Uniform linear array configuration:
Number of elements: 12
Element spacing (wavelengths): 1
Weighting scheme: blackman
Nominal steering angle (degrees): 60
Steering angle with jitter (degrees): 59.615
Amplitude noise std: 0.05
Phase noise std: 0.05

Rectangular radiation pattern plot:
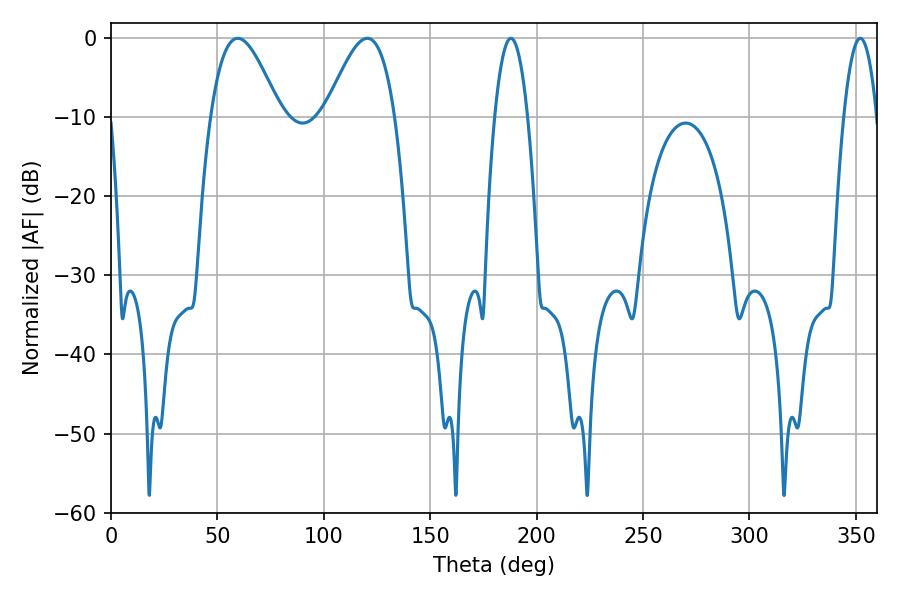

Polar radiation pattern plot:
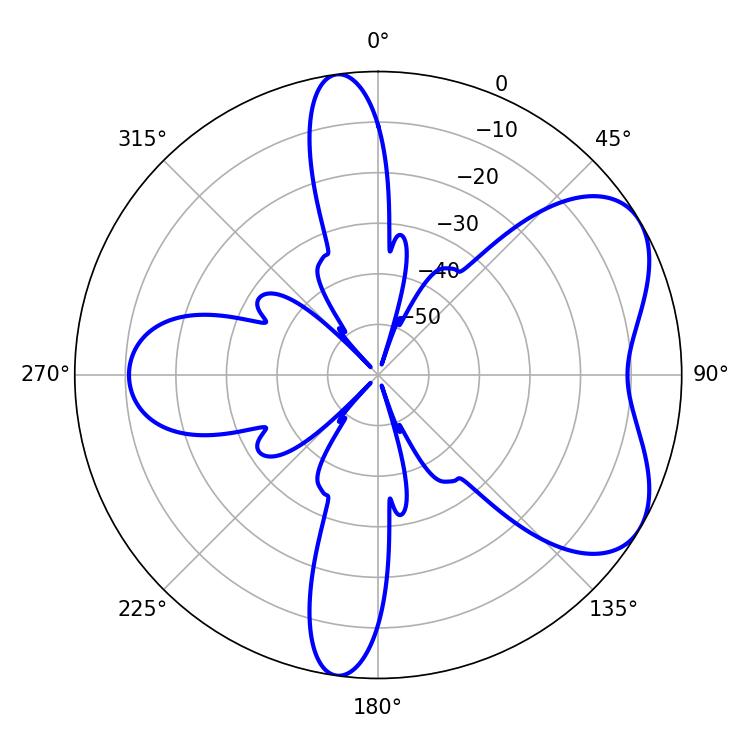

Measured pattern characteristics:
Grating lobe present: TRUE
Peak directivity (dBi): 5.732
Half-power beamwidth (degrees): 8.64
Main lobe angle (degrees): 187.92